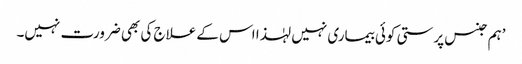
’ہم جنس پرستی کوئی بیماری نہیں لہٰذا اس کے علاج کی بھی ضرورت نہیں۔